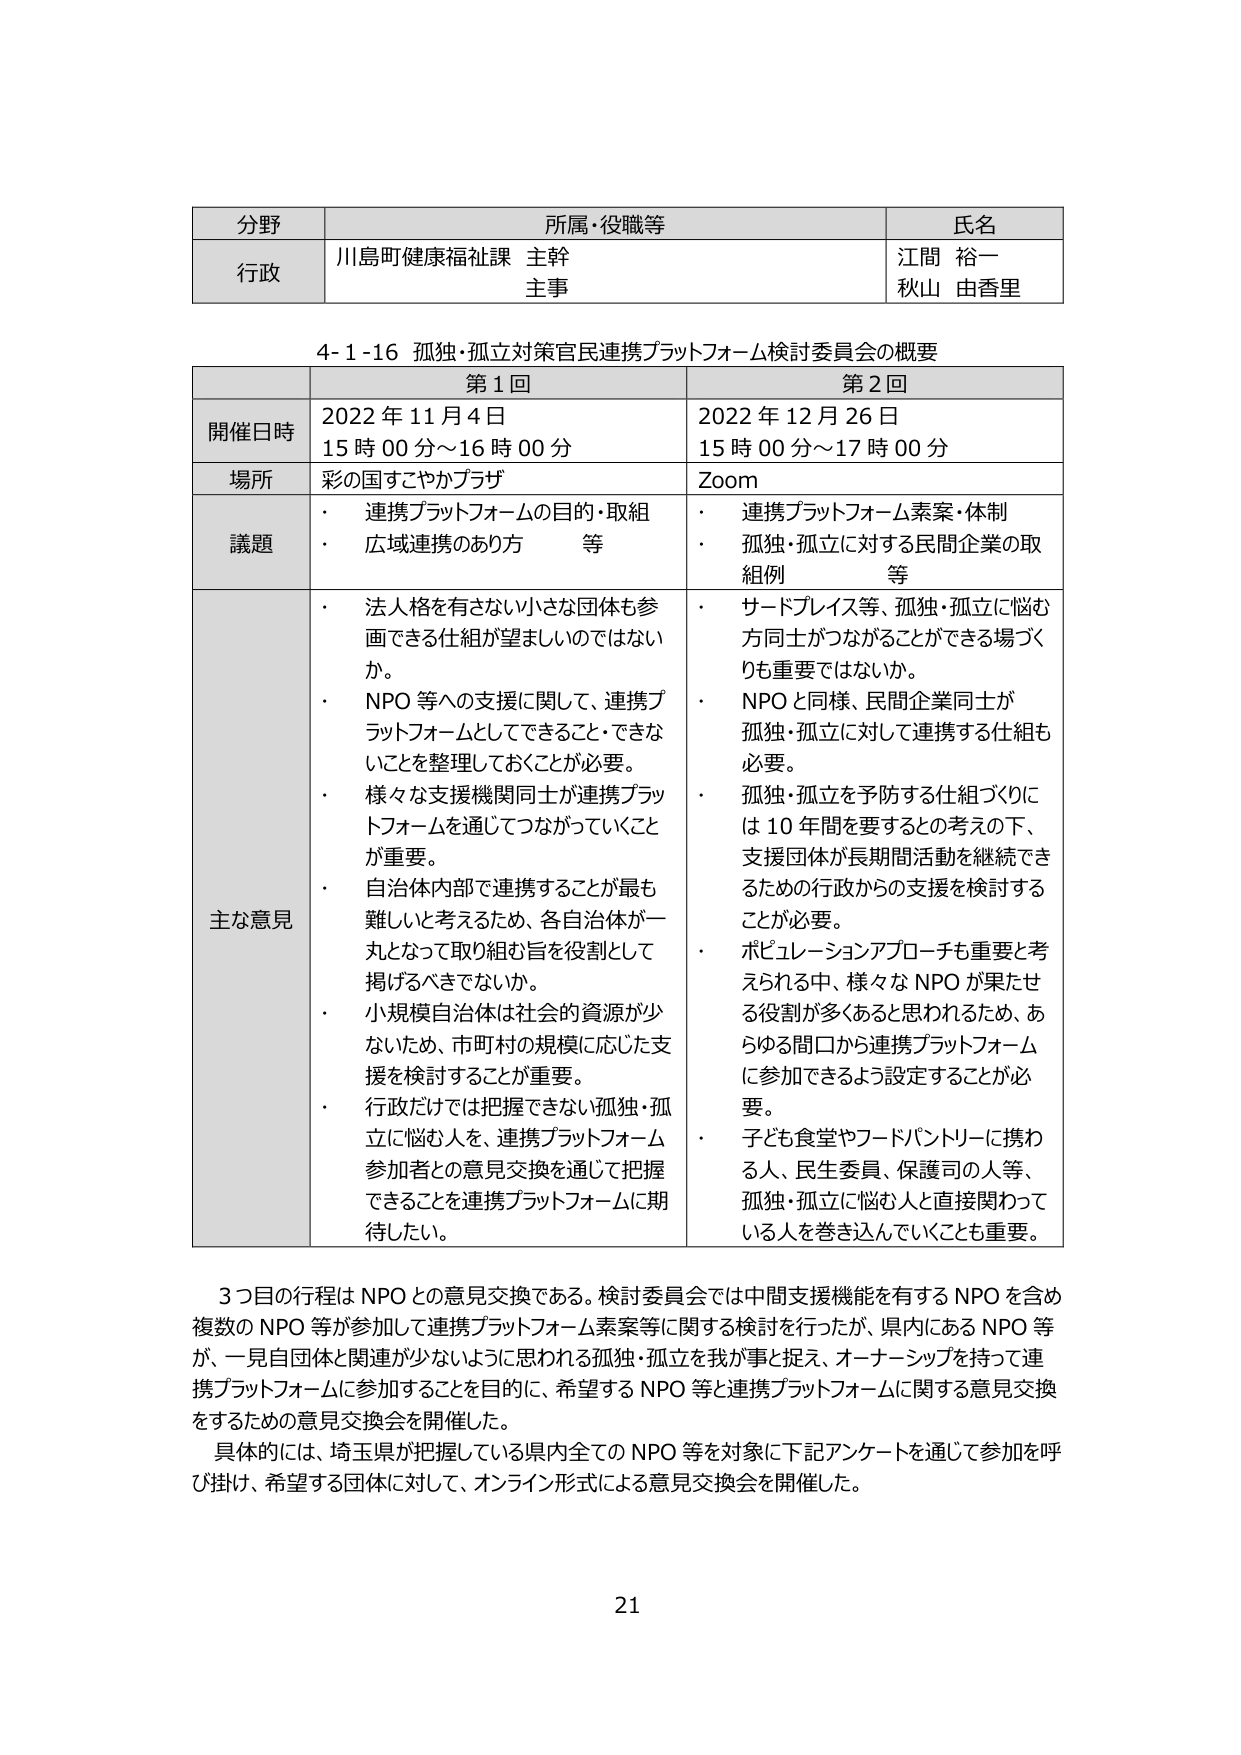
分野 所属・役職等 氏名
行政 川島町健康福祉課 主幹 主事 江間 裕一 秋山 由香里

4-1-16 孤独・孤立対策官民連携プラットフォーム検討委員会の概要

第1回 第2回
開催日時 2022年11月4日 15時00分～16時00分 2022年12月26日 15時00分～17時00分
場所 彩の国すこやかプラザ Zoom
議題 ・ 連携プラットフォームの目的・取組 ・ 広域連携のあり方 等 ・ 連携プラットフォーム素案・体制 ・ 孤独・孤立に対する民間企業の取組例 等
主な意見 ・ 法人格を有さない小さな団体も参画できる仕組が望ましいのではないか。 ・ NPO等への支援に関して、連携プラットフォームとしてできること・できないことを整理しておくことが必要。 ・ 様々な支援機関同士が連携プラットフォームを通じてつながっていくことが重要。 ・ 自治体内部で連携することが最も難しいと考えるため、各自治体が一丸となって取り組む旨を役割として掲げるべきではないか。 ・ 小規模自治体は社会的資源が少ないため、市町村の規模に応じた支援を検討することが重要。 ・ 行政だけでは把握できない孤独・孤立に悩む人を、連携プラットフォーム参加者の意見交換を通じて把握できることを連携プラットフォームに期待したい。 ・ サードプレイス等、孤独・孤立に悩む方同士がつながることができる場づくりも重要ではないか。 ・ NPOと同様、民間企業同士が孤独・孤立に対して連携する仕組も必要。 ・ 孤独・孤立を予防する仕組づくりには10年間を要するとの考えの下、支援団体が長期間活動を継続できるための行政からの支援を検討することが必要。 ・ ポピュレーションアプローチも重要と考えられる中、様々なNPOが果たせる役割が多くあると思われるため、あらゆる間口から連携プラットフォームに参加できるよう設定することが必要。 ・ 子ども食堂やフードパントリーに携わる人、民生委員、保護司の人等、孤独・孤立に悩む人と直接関わっている人を巻き込んでいくことも重要。

3つ目の行程はNPOとの意見交換である。検討委員会では中間支援機能を有するNPOを含め複数のNPO等が参加して連携プラットフォーム素案等に関する検討を行ったが、県内にあるNPO等が、一見自団体と関連が少ないように思われる孤独・孤立を我が事と捉え、オーナーシップを持って連携プラットフォームに参加することを目的に、希望するNPO等と連携プラットフォームに関する意見交換をするための意見交換会を開催した。
具体的には、埼玉県が把握している県内全てのNPO等を対象に下記アンケートを通じて参加を呼び掛け、希望する団体に対して、オンライン形式による意見交換会を開催した。

21